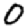
Digit: 0